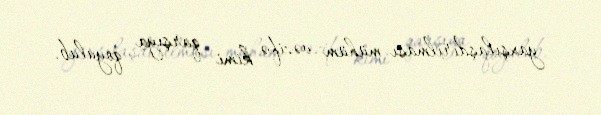
yaxşılaşdırılması mühüm vəzifə kimi qarşıya qoyulub.